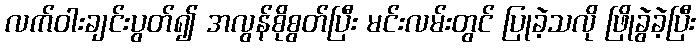
လက်ဝါးချင်းပွတ်၍ အလွန်စိုစွတ်ပြီး မင်းလမ်းတွင် ပြုခဲ့သလို ဖြိုခွဲခဲ့ပြီး